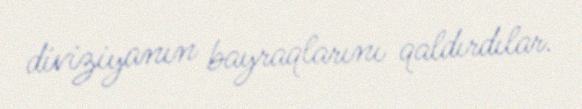
diviziyanın bayraqlarını qaldırdılar.